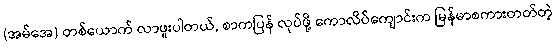
(အမ်အေ) တစ်ယောက် လာဖူးပါတယ်, စာကပြန် လုပ်ဖို့ ကောလိပ်ကျောင်းက မြန်မာစကားတတ်တဲ့